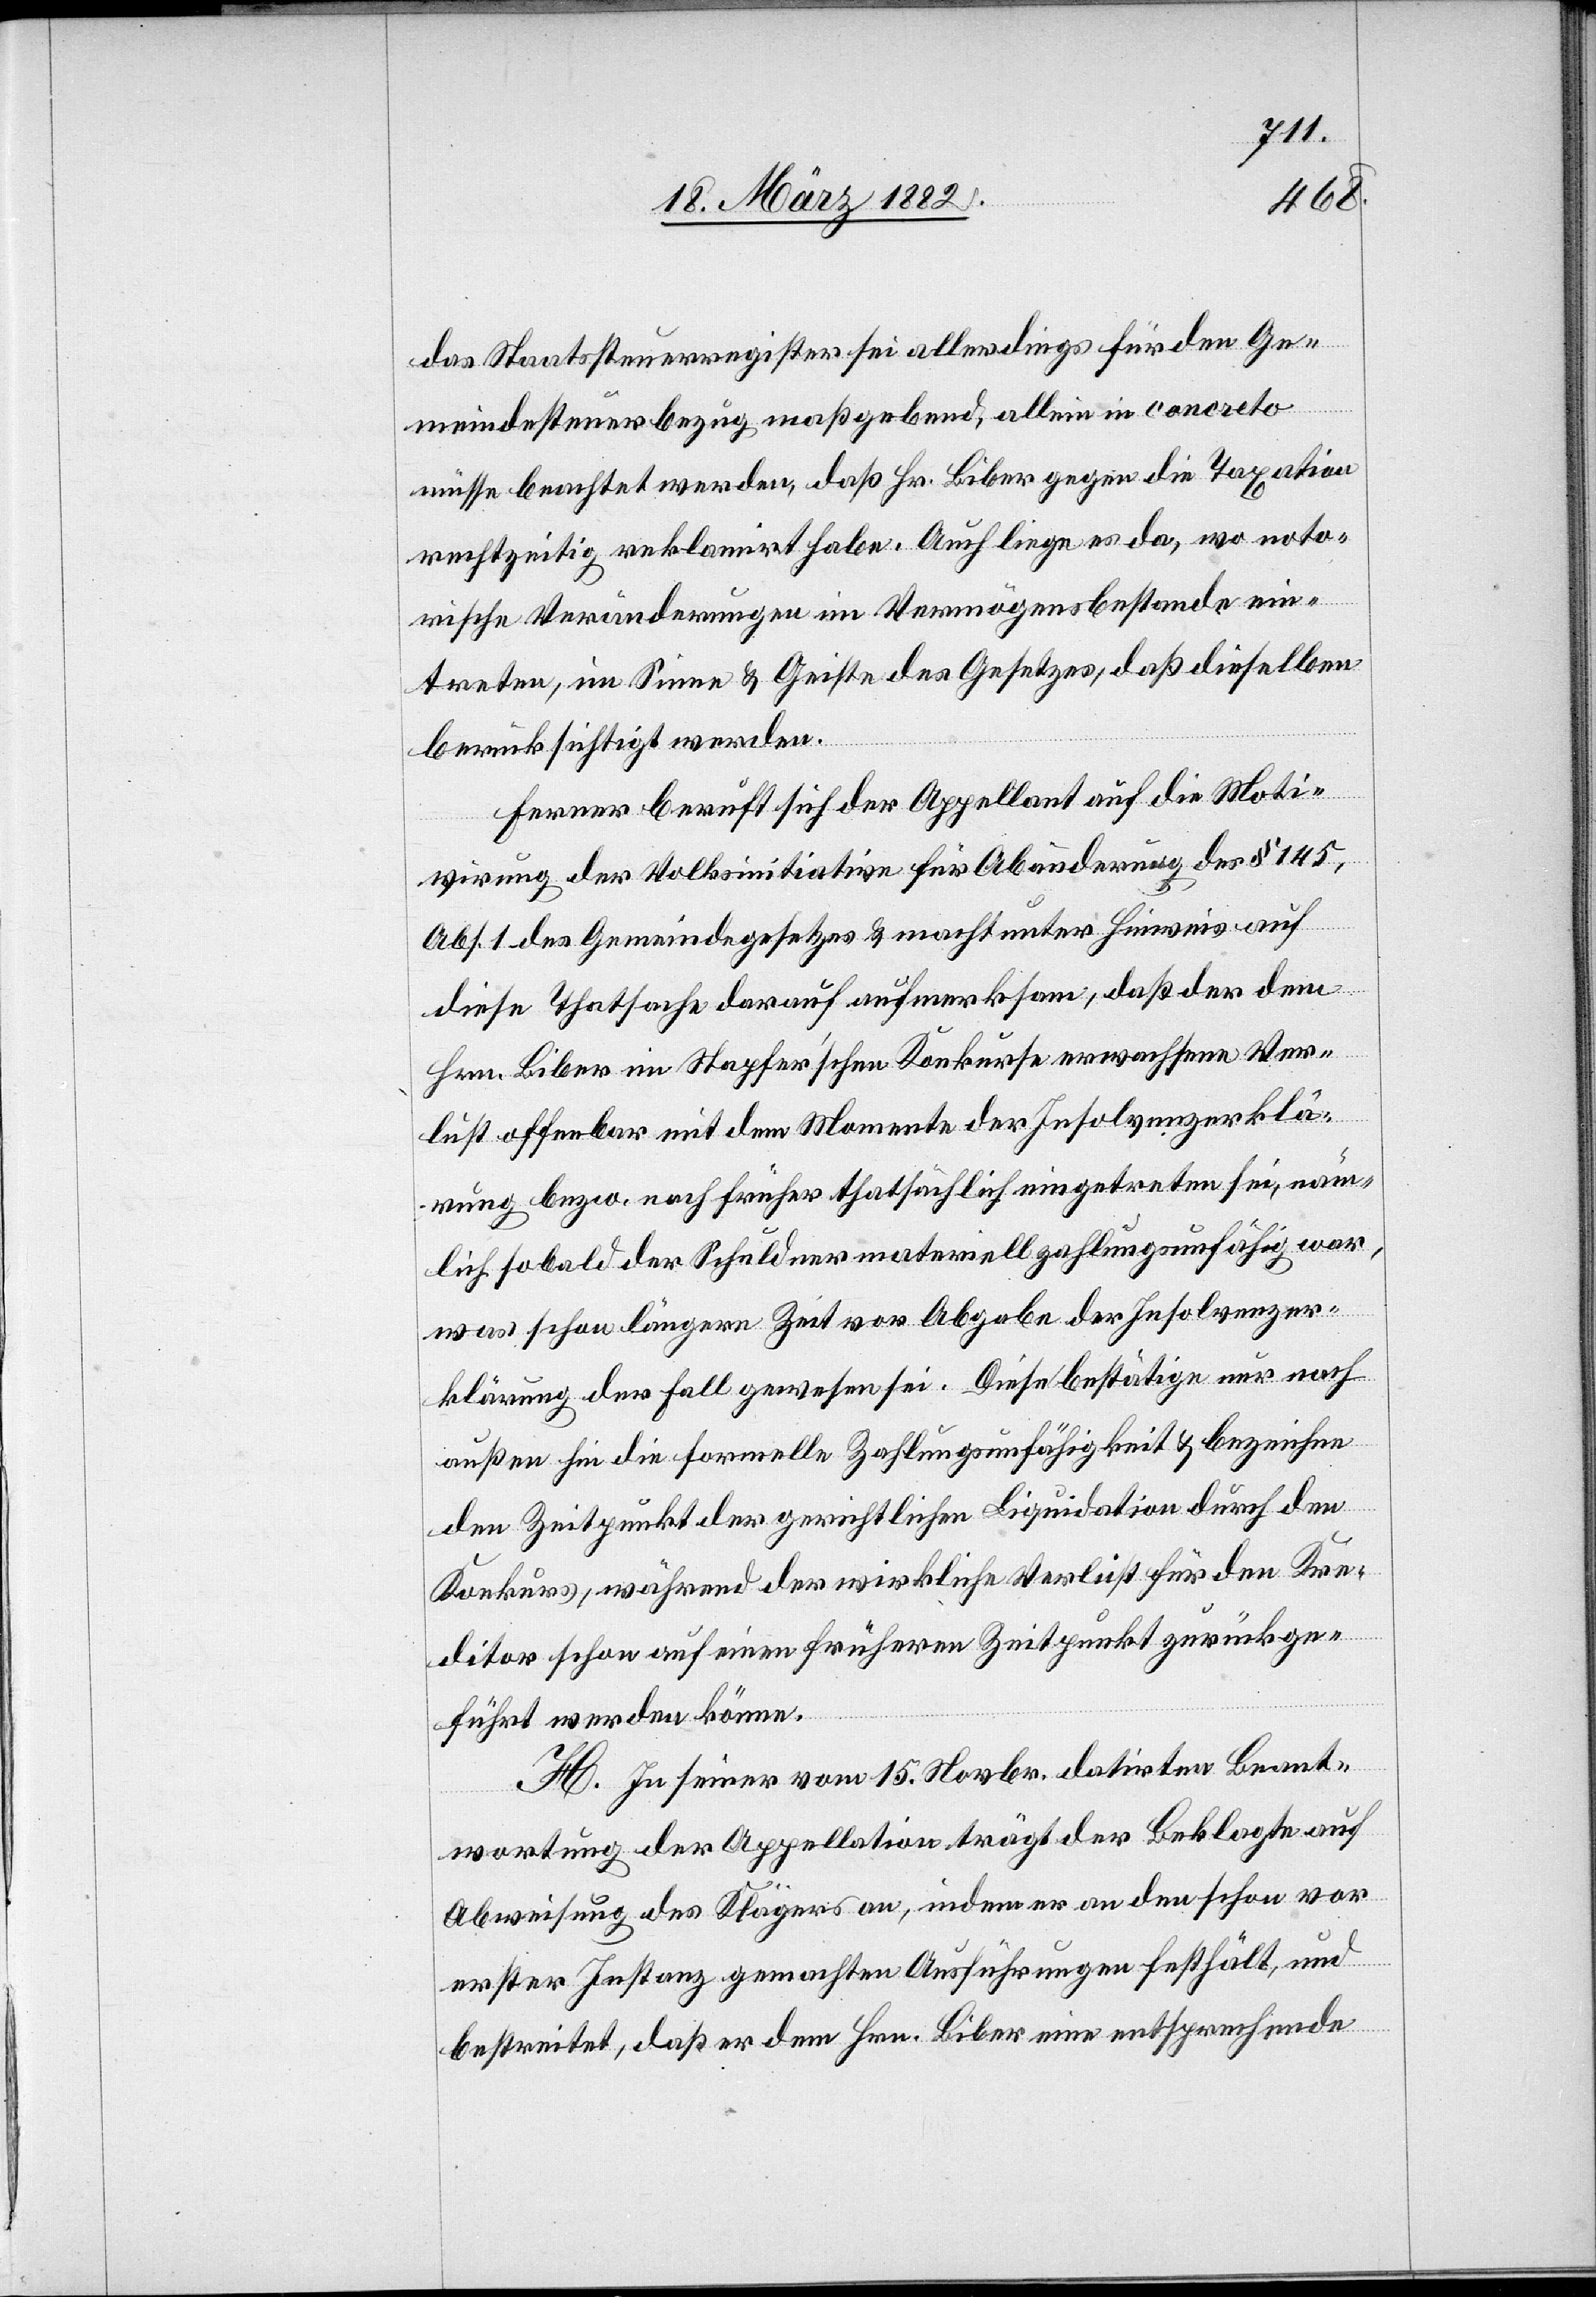
das Staatssteuerregister sei allerdings für den Ge¬
meindesteuerbezug maßgebend, allein in concreto
müsse beachtet werden, daß Hr. Biber gegen die Taxation
rechtzeitig reklamirt habe. Auch liege es da, wo noto¬
rische Veränderungen im Vermögensbestande ein¬
treten, im Sinne & Geiste des Gesetzes, daß dieselben
berücksichtigt werden.
Ferner beruft sich der Appellant auf die Moti¬
vierung der Volksinitiative für Abänderung der § 145,
Abs. 1 des Gemeindegesetzes & macht unter Hinweis auf
diese Thatsache darauf aufmerksam, daß der dem
Hrn. Biber im Stapfer’schen Konkurse erwachsenem Ver¬
lust offenbar mit dem Momente der Insolvenzerklä¬
rung bzw. noch früher thatsächlich eingetreten sei, näm¬
lich sobald der Schuldner materiell zahlungsunfähig war,
was schon längere Zeit vor Abgabe der Insolvenzer¬
klärung der Fall gewesen sei. Diese bestätige nur nach
außen hin die formelle Zahlungsunfähigkeit & bezeichne
den Zeitpunkt der gerichtlichen Liquidation durch den
Konkurs, während der wirkliche Verlust für den Kre¬
ditor schon auf einen früheren Zeitpunkt zurückge¬
führt werden könne.
H. In seiner vom 15. Novbr. datirten Beant¬
wortung der Appellation trägt der Beklagte auf
Abweisung des Klägers an, indem er an den schon vor
erster Instanz gemachten Ausführungen festhält, und
bestreitet, daß er dem Hrn. Biber eine entsprechende